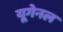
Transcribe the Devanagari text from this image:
यूगेनल